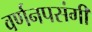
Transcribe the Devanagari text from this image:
वर्णनपसंगी